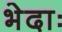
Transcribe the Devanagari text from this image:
भेदाः